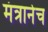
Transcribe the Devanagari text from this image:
मंत्रानेच